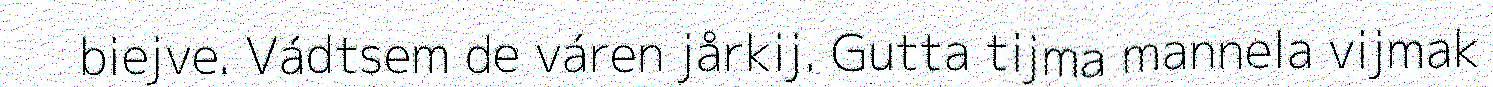
biejve. Vádtsem de váren jårkij. Gutta tijma mannela vijmak